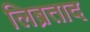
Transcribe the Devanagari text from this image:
लिब्रताद